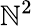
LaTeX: \mathbb{N}^{2}